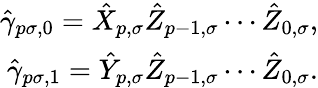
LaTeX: \begin{array}{r}{\hat{\gamma}_{p\sigma,0}=\hat{X}_{p,\sigma}\hat{Z}_{p-1,\sigma}\cdots\hat{Z}_{0,\sigma},}\\ {\hat{\gamma}_{p\sigma,1}=\hat{Y}_{p,\sigma}\hat{Z}_{p-1,\sigma}\cdots\hat{Z}_{0,\sigma}.}\end{array}